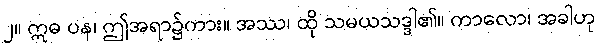
၂။ ဣဓ ပန၊ ဤအရာ၌ကား။ အဿ၊ ထို သမယသဒ္ဒါ၏။ ကာလော၊ အခါဟု